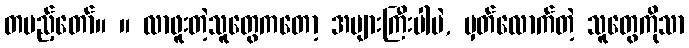
တပည့်တော်။ ။ လာဖူးတဲ့သူတွေကတော့ အများကြီးပါပဲ, မှတ်လောက်တဲ့ သူတွေကိုသာ